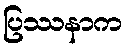
ပြဿနာက